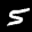
Label: 5